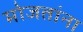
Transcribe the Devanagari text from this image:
मोजतांना